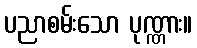
ပညာစမ်းသော ပုဏ္ဏား။